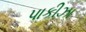
પાકીઝા